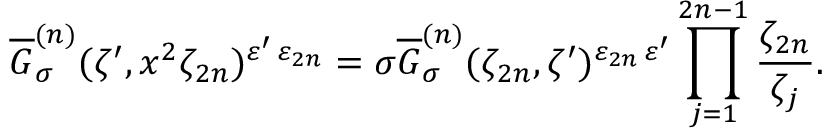
\overline { { { G } } } _ { \sigma } ^ { ( n ) } ( \zeta ^ { \prime } , x ^ { 2 } \zeta _ { 2 n } ) ^ { \varepsilon ^ { \prime } \, \varepsilon _ { 2 n } } = \sigma \overline { { { G } } } _ { \sigma } ^ { ( n ) } ( \zeta _ { 2 n } , \zeta ^ { \prime } ) ^ { \varepsilon _ { 2 n } \, \varepsilon ^ { \prime } } \prod _ { j = 1 } ^ { 2 n - 1 } \frac { \zeta _ { 2 n } } { \zeta _ { j } } .